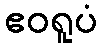
ဧဝရူပံ